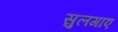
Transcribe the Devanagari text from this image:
सुलगाए